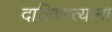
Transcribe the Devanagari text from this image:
दाक्षिणात्यांना